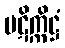
ပဋိက္ကိဋ္ဌံ